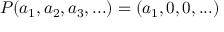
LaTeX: P ( a _ { 1 } , a _ { 2 } , a _ { 3 } , . . . ) = ( a _ { 1 } , 0 , 0 , . . . )